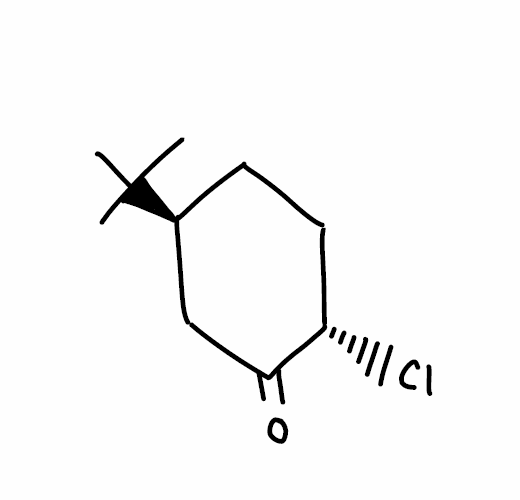
Simplified molecular-input line-entry system (SMILES) notation of the given molecule:
CC(C)(C)[C@H]1CC[C@@H](C(=O)C1)Cl